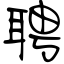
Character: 聘